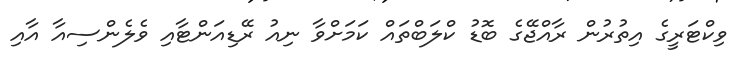
ވިކްޓަރީގެ އިތުރުން ރާއްޖޭގެ ބޮޑު ކްލަބްތައް ކަމަށްވާ ނިއު ރޭޑިއަންޓާއި ވެލެންސިއާ އާއި